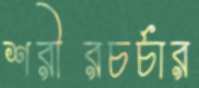
শরীরচর্চার